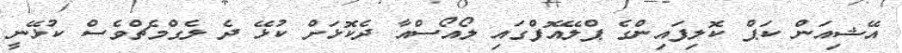
އޭޝިއަން ކަޕް ކޮލިފައިންގެ ޕްލޭއޮފްގައި ލޯއޯސްއާ ދެކޮޅަށް ކުޅޭ ދެ ލެގްމެޗްވެސް ކުޅޭނީ